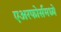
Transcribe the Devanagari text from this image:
एअरफोर्समध्ये